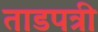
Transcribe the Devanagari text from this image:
ताडपत्री